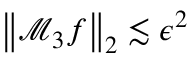
\left\| \mathcal { M } _ { 3 } f \right\| _ { 2 } \lesssim \epsilon ^ { 2 }